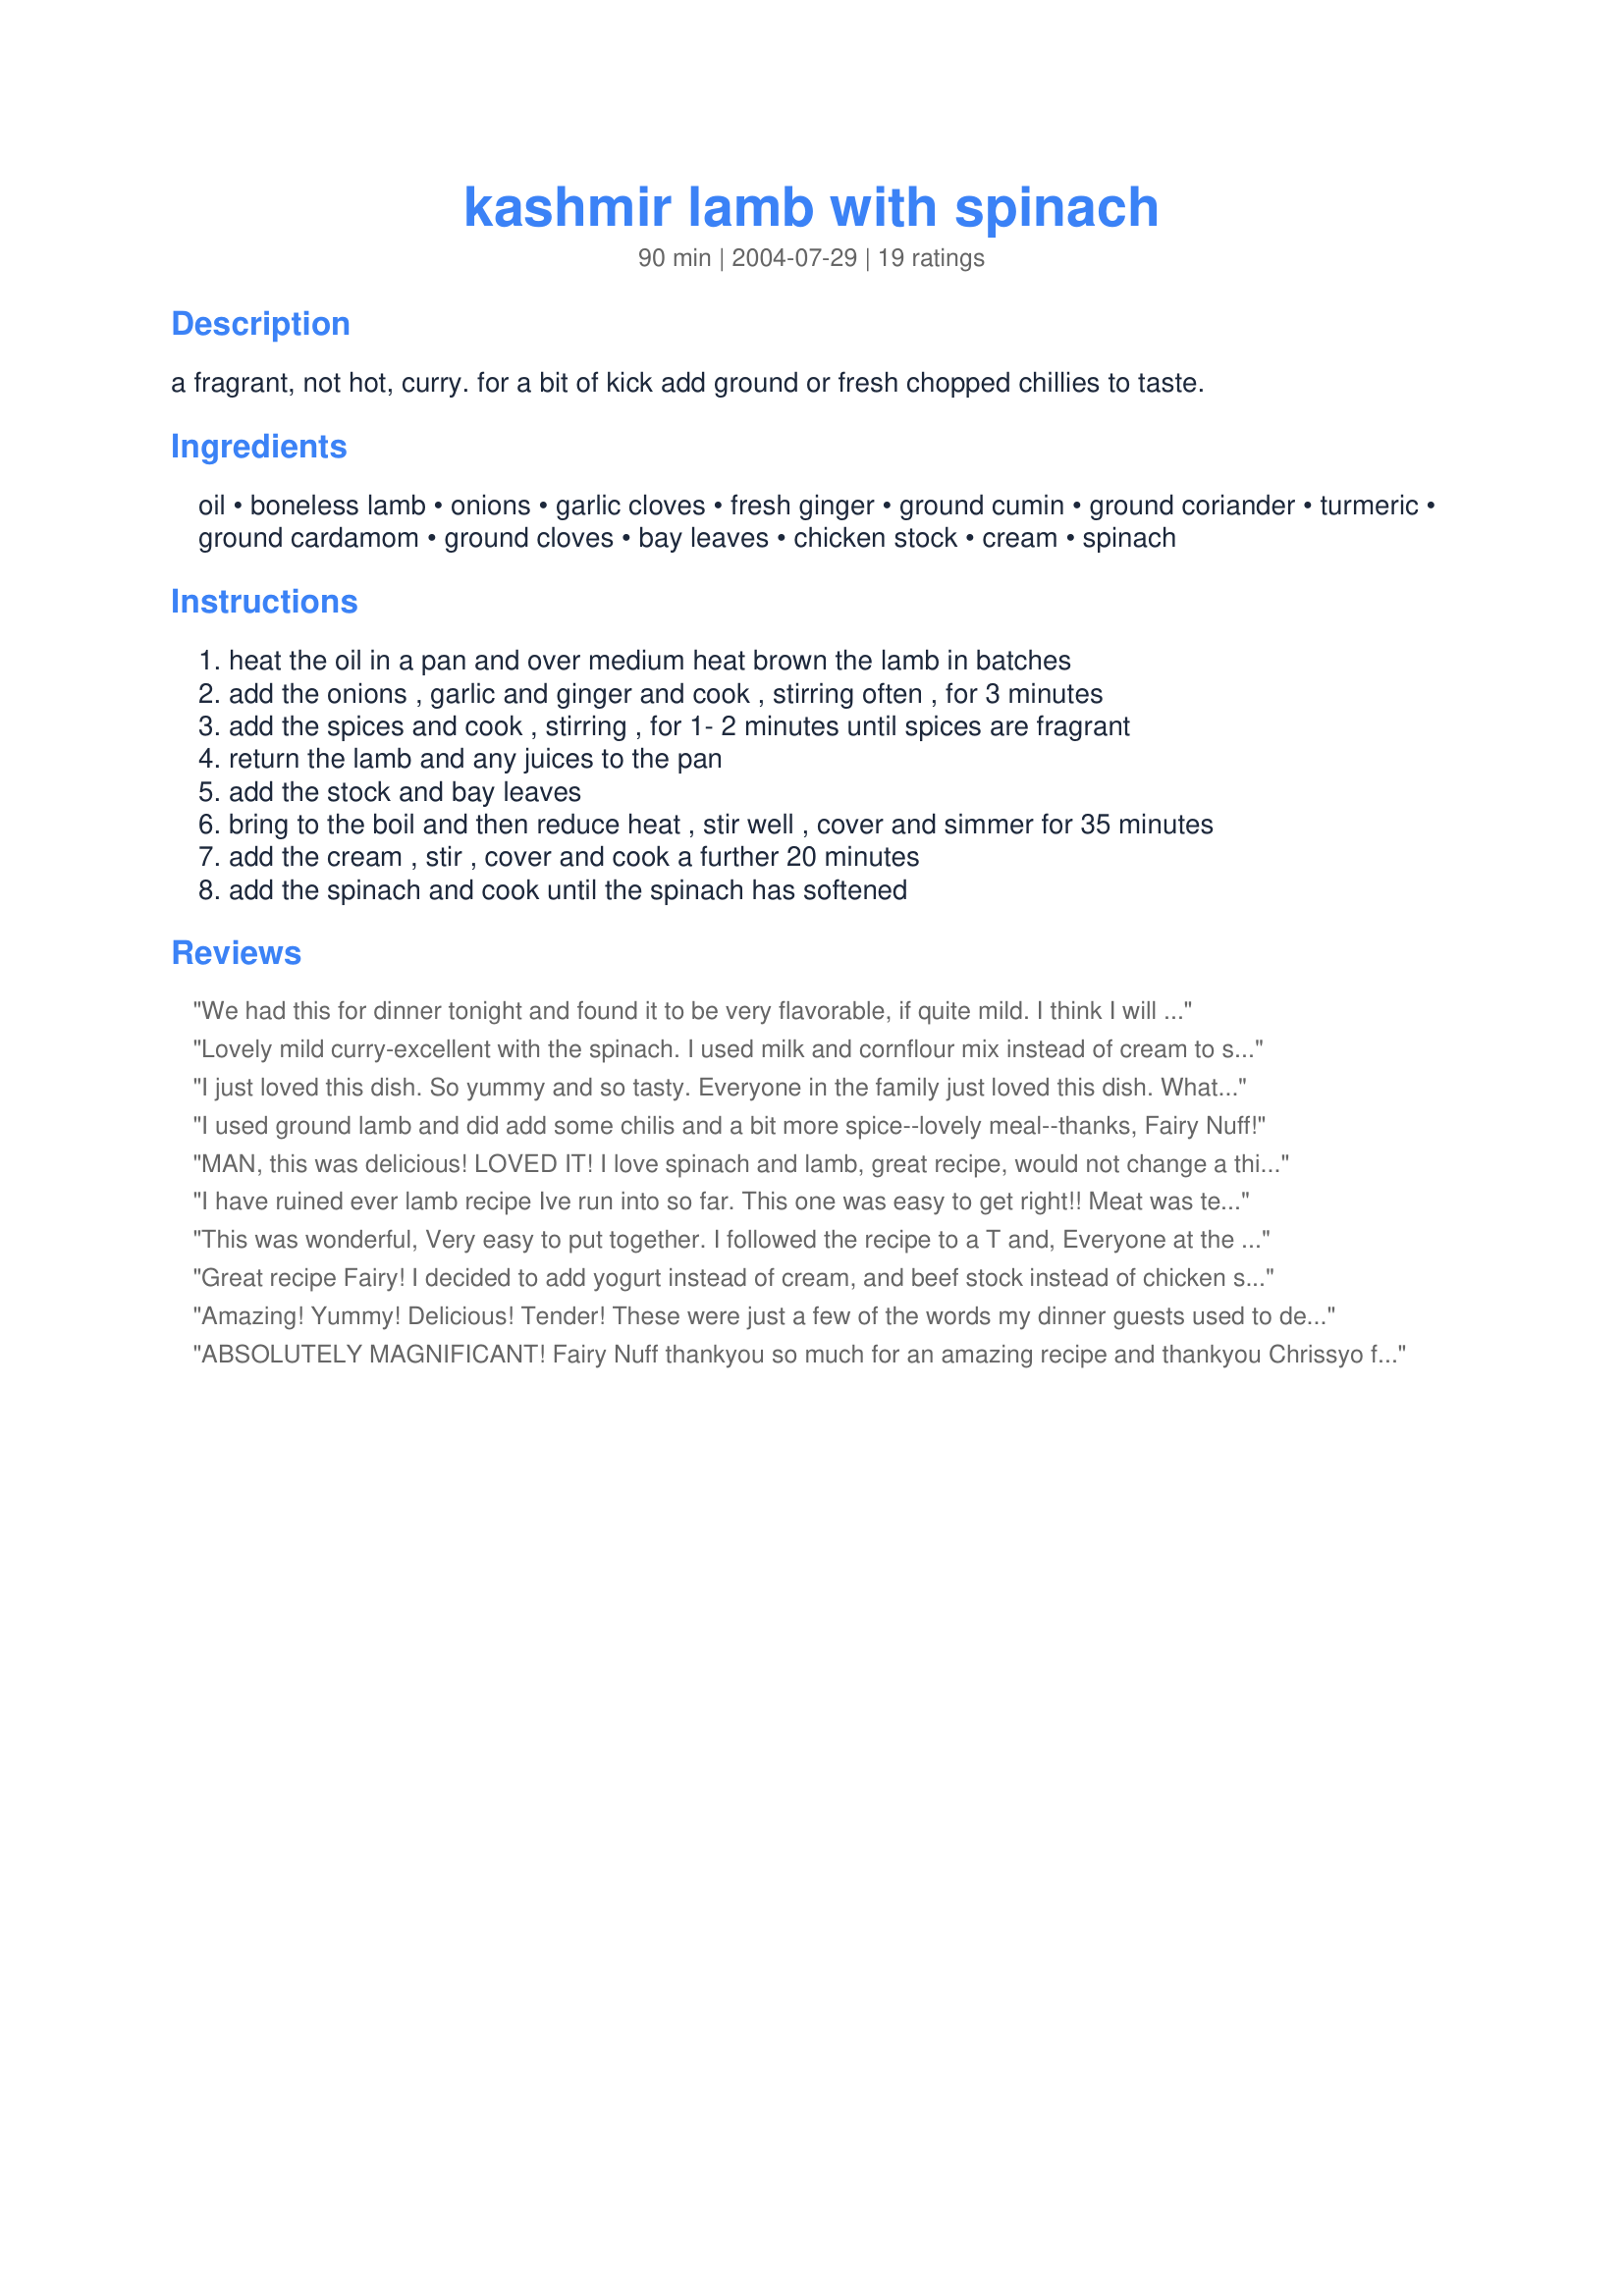
kashmir lamb with spinach
Preparation time: 90 minutes

a fragrant, not hot, curry. for a bit of kick add ground or fresh chopped chillies to taste.

Ingredients:
oil, boneless lamb, onions, garlic cloves, fresh ginger, ground cumin, ground coriander, turmeric, ground cardamom, ground cloves, bay leaves, chicken stock, cream, spinach

Steps:
heat the oil in a pan and over medium heat brown the lamb in batches
add the onions , garlic and ginger and cook , stirring often , for 3 minutes
add the spices and cook , stirring , for 1- 2 minutes until spices are fragrant
return the lamb and any juices to the pan
add the stock and bay leaves
bring to the boil and then reduce heat , stir well , cover and simmer for 35 minutes
add the cream , stir , cover and cook a further 20 minutes
add the spinach and cook until the spinach has softened

Reviews:
We had this for dinner tonight and found it to be very flavorable, if quite mild. I think I will add chilies to my portion when I make it again. My husband, on the other hand thought it was wonderful as is. Because I could only get thinly sliced lamb, I ground it and made meatballs, which I will do again. While using ground spices makes this an extra-easy recipe, I think I may experiment with whole spices some time, too. In any case, this is a keeper. Thank you very much for sharing this recipe with us.
Lovely mild curry-excellent with the spinach. I used milk and cornflour mix instead of cream to save calories it was still yummy.

Easy to make,served with mixed veg.
I just loved this dish. So yummy and so tasty. Everyone in the family just loved this dish. What can I say other than this will certainly be a recipe that we will use time and time again! My kids asked me to put this recipe into their recipe books that I am making for them of old family favourites, so congratulations Fairy Nuff your recipe will become a tradition in years to come. You have a good recipe here. Thank you so much for sharing with Zaar.
I used ground lamb and did add some chilis and a bit more spice--lovely meal--thanks, Fairy Nuff!
MAN, this was delicious! LOVED IT! I love spinach and lamb, great recipe, would not change a thing. Thanx!
I have ruined ever lamb recipe Ive run into so far. This one was easy to get right!! Meat was tender and tasty. I tried this recipe with both with cream too and evaporated milk, evap. milk wins hands down, makes it more filling and richer flavor
This was wonderful, Very easy to put together. I followed the recipe to a T and, Everyone at the dinner party enjoyed it.
I will make this again and still no changes. there is no need its perfect.
Thanks so much for suggesting this and Jen T's recipe as well.
Its a keeper.
Great recipe Fairy! I decided to add yogurt instead of cream, and beef stock instead of chicken stock. Otherwise I followed everything as it is, and it was delish.
Amazing! Yummy! Delicious! Tender! These were just a few of the words my dinner guests used to describe this dish. This is a perfect dish for people who do not like spicy food but still enjoy fragrent food. Everyone was very impressed. The lamb was very tender and wonderful! I will be making this again and again for sure! Thanks so much for providing an excellent recipe!
ABSOLUTELY MAGNIFICANT! Fairy Nuff thankyou so much for an amazing recipe and thankyou Chrissyo for recommending it. This is better than restaurant quality and will be served often at our house.
My boyfriend's first question was "can we have this again?" so it gets 5 stars. I used chicken skinless boneless chicken breast and light cream. I also added some indian hot chile powder for heat and some salt.
Excellent. I used beef broth, but other than that followed the recipe exactly. The dish was fragrant and very tasty. I was a little hesitant to use cream in a curry, but I think it really made the dish. Thank you.
This was divine, so creamy and tasty. I added 2 tsp sugar for personal preferance and used a packet of frozen spinach as I had no fresh spinach. My family really loved this dish and I will make it again.
I own the cookbook, but I've never noticed the recipe. I used a 300g box of frozen spinach and light cream (which worked really well). I also added 1/3rd of a can of chopped tomatoes (to save wasting them), and 3 dried chillies. After tasting it, I felt it needed something a bit acidic, so added the juice of half a lemon to finish.
This was delicious! It wasn't spicy even though I added a small amount of chillis. However I think that adding too much chilli might ruin the lovely flavour of the other spices. Thanks for the recipe - it was quite easy and very tasty!
This was a real hit at a get together with friends. I did however use beef in place of the lamb but it is such a great recipe that I think that you could also use chicken or pork as well in place of the lamb. I also did what Evie did and used frozen spinach. That works well too. It is not a 'hot' dish but the flavours blend really well and this will be a 'keeper' for me.
Thanks for posting :)
This was wonderful. What a great combination of flavors. And I had a ton of fresh spinach to get rid of anyway. :D 

This was delicious! My husband and I both enjoyed it very much. I used 2 lbs boneless lamb cut into 1" cubes. I also added more fresh spinach - I'm guessing I used about 3 1/2 bunches - it's hard to say as I bought the spinach in a jumbo cello bag. I ended up adding another 1/2 - 3/4 cup cream in the middle of Step #7 because of the additional spinach. Thanks for a delightful recipe!
My husband and I absolutely loved this! We'll definitely use it again!
